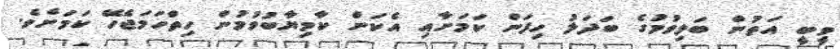
ވީބީ އަތުން ބަލިވުމުގެ ބަދަލު ހިފަން ކަމަށާއި އެކަން ކާމިޔާބުވުމުން ހިތްހަމަޖެހޭ ކަމަށެވެ.